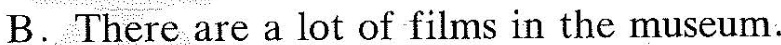
B. There are a lot of films in the museum.